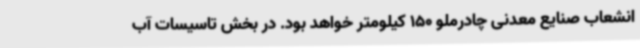
انشعاب صنایع معدنی چادرملو 150 کیلومتر خواهد بود. در بخش تاسیسات آب